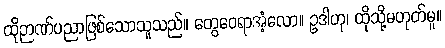
ထိုဉာဏ်ပညာဖြစ်သောသူသည်။ တွေဝေရာအံ့လော။ ဥဒါဟု၊ ထိုသို့မဟုတ်မူ။